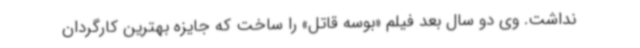
نداشت. وی دو سال بعد فیلم «بوسه قاتل» را ساخت که جایزه بهترین کارگردان